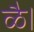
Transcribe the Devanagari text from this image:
ळै।